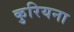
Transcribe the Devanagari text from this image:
कुरियना